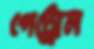
পেট্রোল